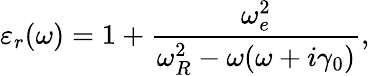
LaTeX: \varepsilon_{r}(\omega)=1+\frac{\omega_{e}^{2}}{\omega_{R}^{2}-\omega(\omega+i\gamma_{0})},